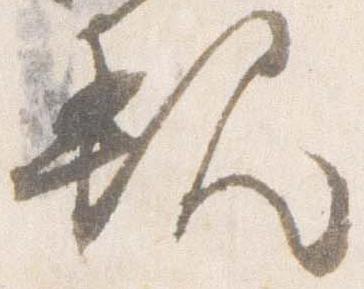
親